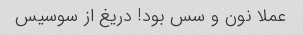
عملا نون و سس بود! دریغ از سوسیس